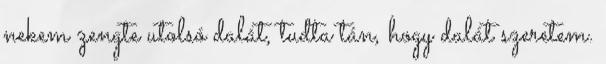
nekem zengte utolsó dalát, tudta tán, hogy dalát szeretem.